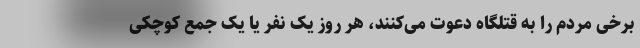
برخی مردم را به قتلگاه دعوت می‌کنند، هر روز یک نفر یا یک جمع کوچکی